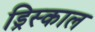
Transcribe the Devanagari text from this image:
ड्रिस्काल